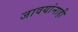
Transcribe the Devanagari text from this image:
जावयांनाही